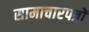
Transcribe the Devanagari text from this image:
सामाचारपत्रों